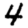
Digit: 4